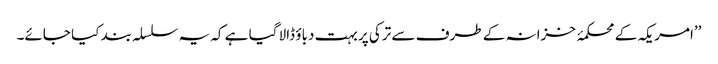
’’امریکہ کے محکمۂ خزانہ کے طرف سے ترکی پر بہت دباؤ ڈالا گیا ہے کہ یہ سلسلہ بند کیا جائے۔